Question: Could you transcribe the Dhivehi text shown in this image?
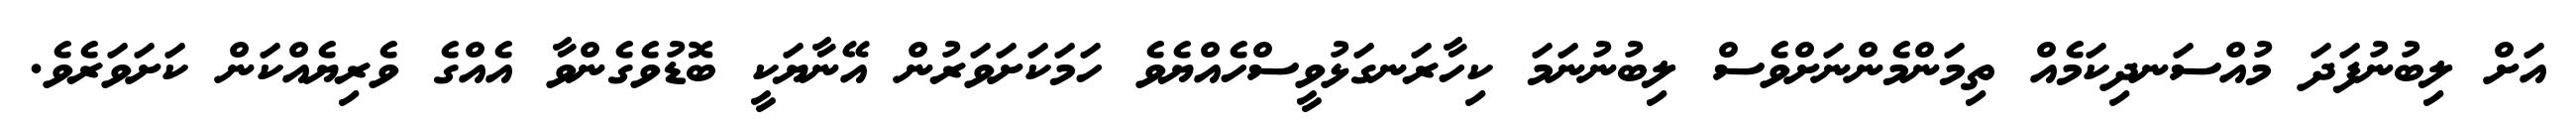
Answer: އަށް ލިބުނުފަދަ މުއްސަނދިކަމެއް ތިމަންމެންނަށްވެސް ލިބުނުނަމަ ކިހާރަނގަޅުވީސްހެއްޔެވެ ހަމަކަށަވަރުން އޭނާޔަކީ ބޮޑުވެގެންވާ އެއްގެ ވެރިޔެއްކަން ކަށަވަރެވެ.